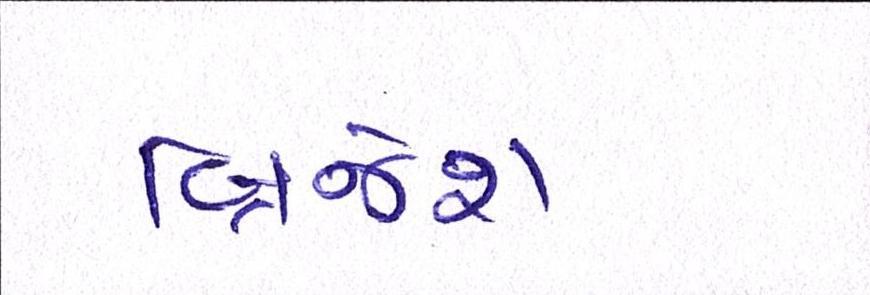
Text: બ્રિજેશ